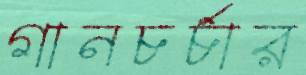
গানচর্চার